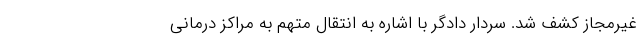
غیرمجاز کشف شد. سردار دادگر با اشاره به انتقال متهم به مراکز درمانی